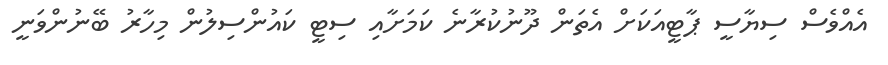
އެއްވެސް ސިޔާސީ ޕާޓީއަކަށް އެތަން ދޫނުކުރާނެ ކަމަށާއި ސިޓީ ކައުންސިލުން މިހާރު ބޭނުންވަނީ